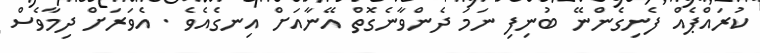
ކުރައްޕެއް ފެނިގެންނޭ ބުނިފި ނަމަ ދެންވާނެގޮތް އޭނާއަށް އިނގެއެވެ . އެވަރަށް ދިމާވެސް